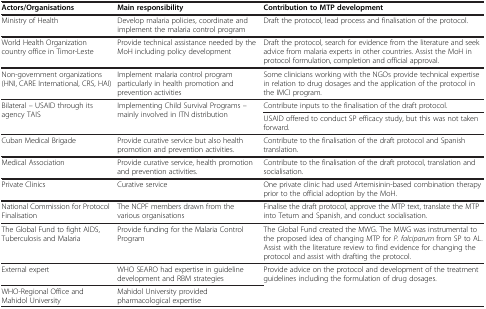
| Actors/Organisations | Main responsibility | Contribution to MTP development |
 | --- | --- | --- |
 | Ministry of Health | Develop malaria policies, coordinate and implement the malaria control program | Draft the protocol, lead process and finalisation of the protocol. |
 | World Health Organization country office in Timor-Leste | Provide technical assistance needed by the MoH including policy development | Draft the protocol, search for evidence from the literature and seek advice from malaria experts in other countries. Assist the MoH in protocol formulation, completion and official approval. |
 | Non-government organizations (HNI, CARE International, CRS, HAI) | Implement malaria control program particularly in health promotion and prevention activities | Some clinicians working with the NGOs provide technical expertise in relation to drug dosages and the application of the protocol in the IMCI program. |
 | <ROWSPAN=2> Bilateral – USAID through its agency TAIS | <ROWSPAN=2> Implementing Child Survival Programs – mainly involved in ITN distribution | Contribute inputs to the finalisation of the draft protocol. |
 | USAID offered to conduct SP efficacy study, but this was not taken forward. |
 | Cuban Medical Brigade | Provide curative service but also health promotion and prevention activities. | Contribute to the finalisation of the draft protocol and Spanish translation. |
 | Medical Association | Provide curative service, health promotion and prevention activities. | Contribute to the finalisation of the draft protocol, translation and socialisation. |
 | Private Clinics | Curative service | One private clinic had used Artemisinin-based combination therapy prior to the official adoption by the MoH. |
 | National Commission for Protocol Finalisation | The NCPF members drawn from the various organisations | Finalise the draft protocol, approve the MTP text, translate the MTP into Tetum and Spanish, and conduct socialisation. |
 | The Global Fund to fight AIDS, Tuberculosis and Malaria | Provide funding for the Malaria Control Program | The Global Fund created the MWG. The MWG was instrumental to the proposed idea of changing MTP for P. falciparum from SP to AL. Assist with the literature review to find evidence for changing the protocol and assist with drafting the protocol. |
 | External expert | WHO SEARO had expertise in guideline development and RBM strategies | <ROWSPAN=2> Provide advice on the protocol and development of the treatment guidelines including the formulation of drug dosages. |
 | WHO-Regional Office and Mahidol University | Mahidol University provided pharmacological expertise |